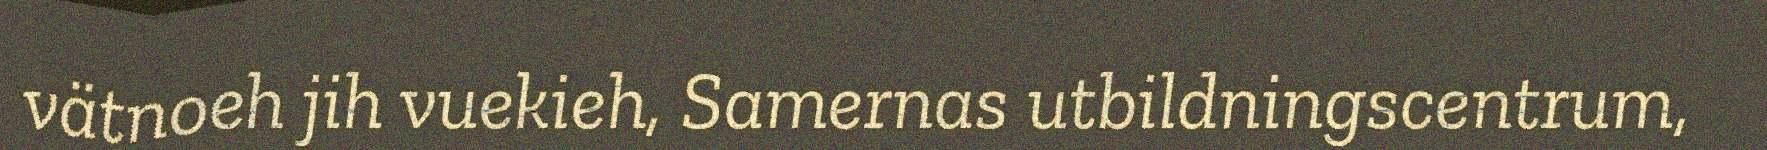
vätnoeh jih vuekieh, Samernas utbildningscentrum,